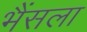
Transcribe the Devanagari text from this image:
भैंसला